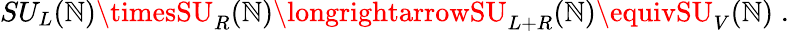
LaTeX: SU_{L}(\mathbb{N})\timesSU_{R}(\mathbb{N})\longrightarrowSU_{L+R}(\mathbb{N})\equivSU_{V}(\mathbb{N})\; .